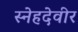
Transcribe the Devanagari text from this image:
स्नेहदेवीर